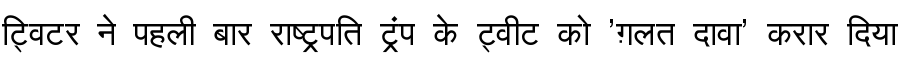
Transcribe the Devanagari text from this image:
ट्विटर ने पहली बार राष्ट्रपति ट्रंप के ट्वीट को 'ग़लत दावा' करार दिया